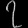
Digit: ၇